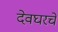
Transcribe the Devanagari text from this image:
देवघरचे